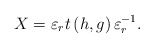
\begin{align*}X=\varepsilon_r t\left(h, g\right) \varepsilon_r^{-1}.\end{align*}